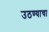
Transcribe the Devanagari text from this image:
उठण्याचा